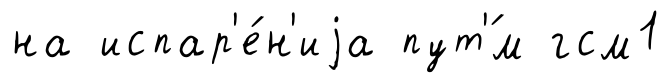
на испар'е́н'иjа пут'́м гсм1